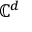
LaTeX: \mathbb { C } ^ { d }